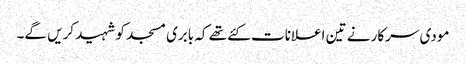
مودی سرکار نے تین اعلانات کئے تھے کہ بابری مسجد کو شہید کریں گے۔